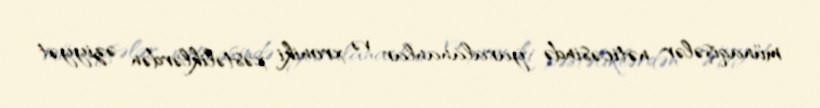
münaqişələr nəticəsində yaralananlar və xroniki xəstəliklərdən əziyyət